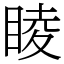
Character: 睖